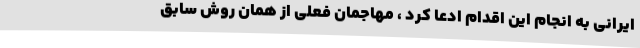
ایرانی به انجام این اقدام ادعا کرد ، مهاجمان فعلی از همان روش سابق